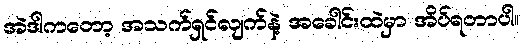
အဲဒါကတော့ အသက်ရှင်လျက်နဲ့ အခေါင်းထဲမှာ အိပ်ရတာပါ။